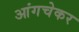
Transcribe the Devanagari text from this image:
आंगचेकर